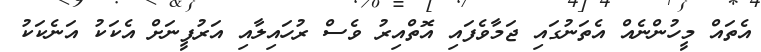
އެތައް މީހުންނެއް އެތަނުގައި ޖަމާވެފައި އޮތްއިރު ވެސް ރުހައިލާއި އަރުފީނަށް އެކަކު އަނެކަކު